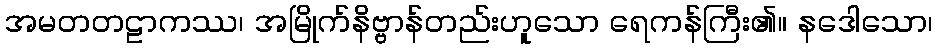
အမတတဠာကဿ၊ အမြိုက်နိဗ္ဗာန်တည်းဟူသော ရေကန်ကြီး၏။ နဒေါသော၊